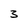
Character: 3